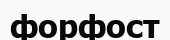
форфост